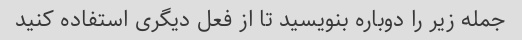
جمله زیر را دوباره بنویسید تا از فعل دیگری استفاده کنید